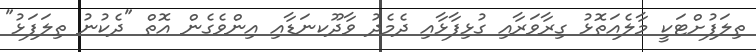
ތިލަފުށްޓަކީ މާލެއަތޮޅު ގިރާވަރާއި ގުޅިފާޅާއި ދެމެދު ވާދޫކނަޑާއި އިންވެގެން އޮތް "ދެކުނު ތިލަފަޅު"